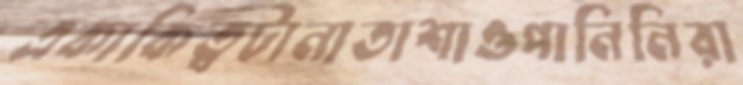
একাকিত্বটানাতাশাওপানিনিরা